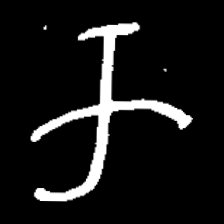
Pyu character \u2014 Myanmar letter: က (romanized: ka)